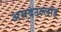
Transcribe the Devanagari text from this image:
असदउल्लाह